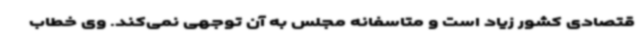
قتصادی کشور زیاد است و متاسفانه مجلس به آن توجهی نمی‌کند. وی خطاب